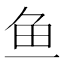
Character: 鱼